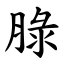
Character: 䐂